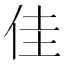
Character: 佳